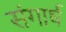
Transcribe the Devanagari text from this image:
संगार्ष